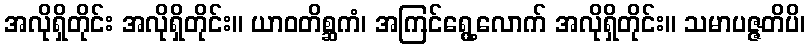
အလိုရှိတိုင်း အလိုရှိတိုင်း။ ယာဝတိစ္ဆကံ၊ အကြင်ရွေ့လောက် အလိုရှိတိုင်း။ သမာပဇ္ဇတိပိ၊